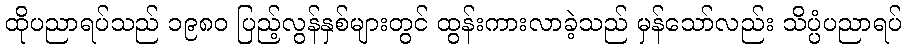
ထိုပညာရပ်သည် ၁၉၈၀ ပြည့်လွန်နှစ်များတွင် ထွန်းကားလာခဲ့သည် မှန်သော်လည်း သိပ္ပံပညာရပ်